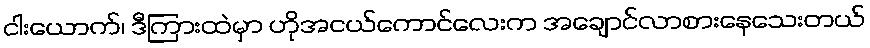
ငါးယောက်၊ ဒီကြားထဲမှာ ဟိုအငယ်ကောင်လေးက အချောင်လာစားနေသေးတယ်